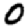
Digit: 0